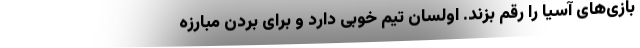
بازی‌های آسیا را رقم بزند. اولسان تیم خوبی دارد و برای بردن مبارزه